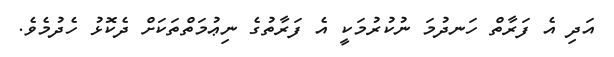
އަދި އެ ފަރާތް ހަނދުމަ ނުކުރުމަކީ އެ ފަރާތުގެ ނިޢުމަތްތަކަށް ދެކޮޅު ހެދުމެވެ.